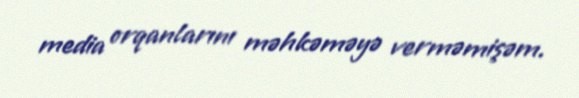
media orqanlarını məhkəməyə verməmişəm.